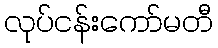
လုပ်ငန်းကော်မတီ